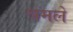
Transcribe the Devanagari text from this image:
श्रमले